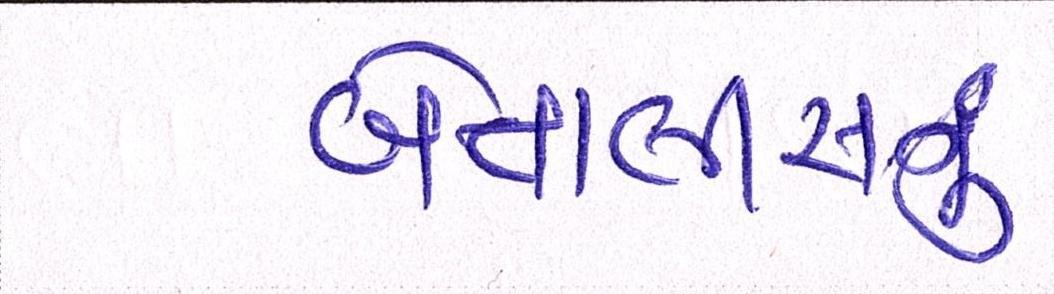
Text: બેતાલીસમું